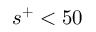
s ^ { + } < 5 0